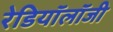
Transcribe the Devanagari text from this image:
रेडियॉलॉजी